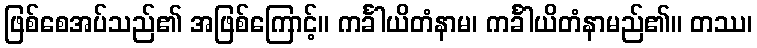
ဖြစ်စေအပ်သည်၏ အဖြစ်ကြောင့်။ ကင်္ခါယိတံနာမ၊ ကင်္ခါယိတံနာမည်၏။ တဿ၊